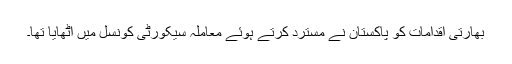
بھارتی اقدامات کو پاکستان نے مسترد کرتے ہوئے معاملہ سیکورٹی کونسل میں اٹھایا تھا۔